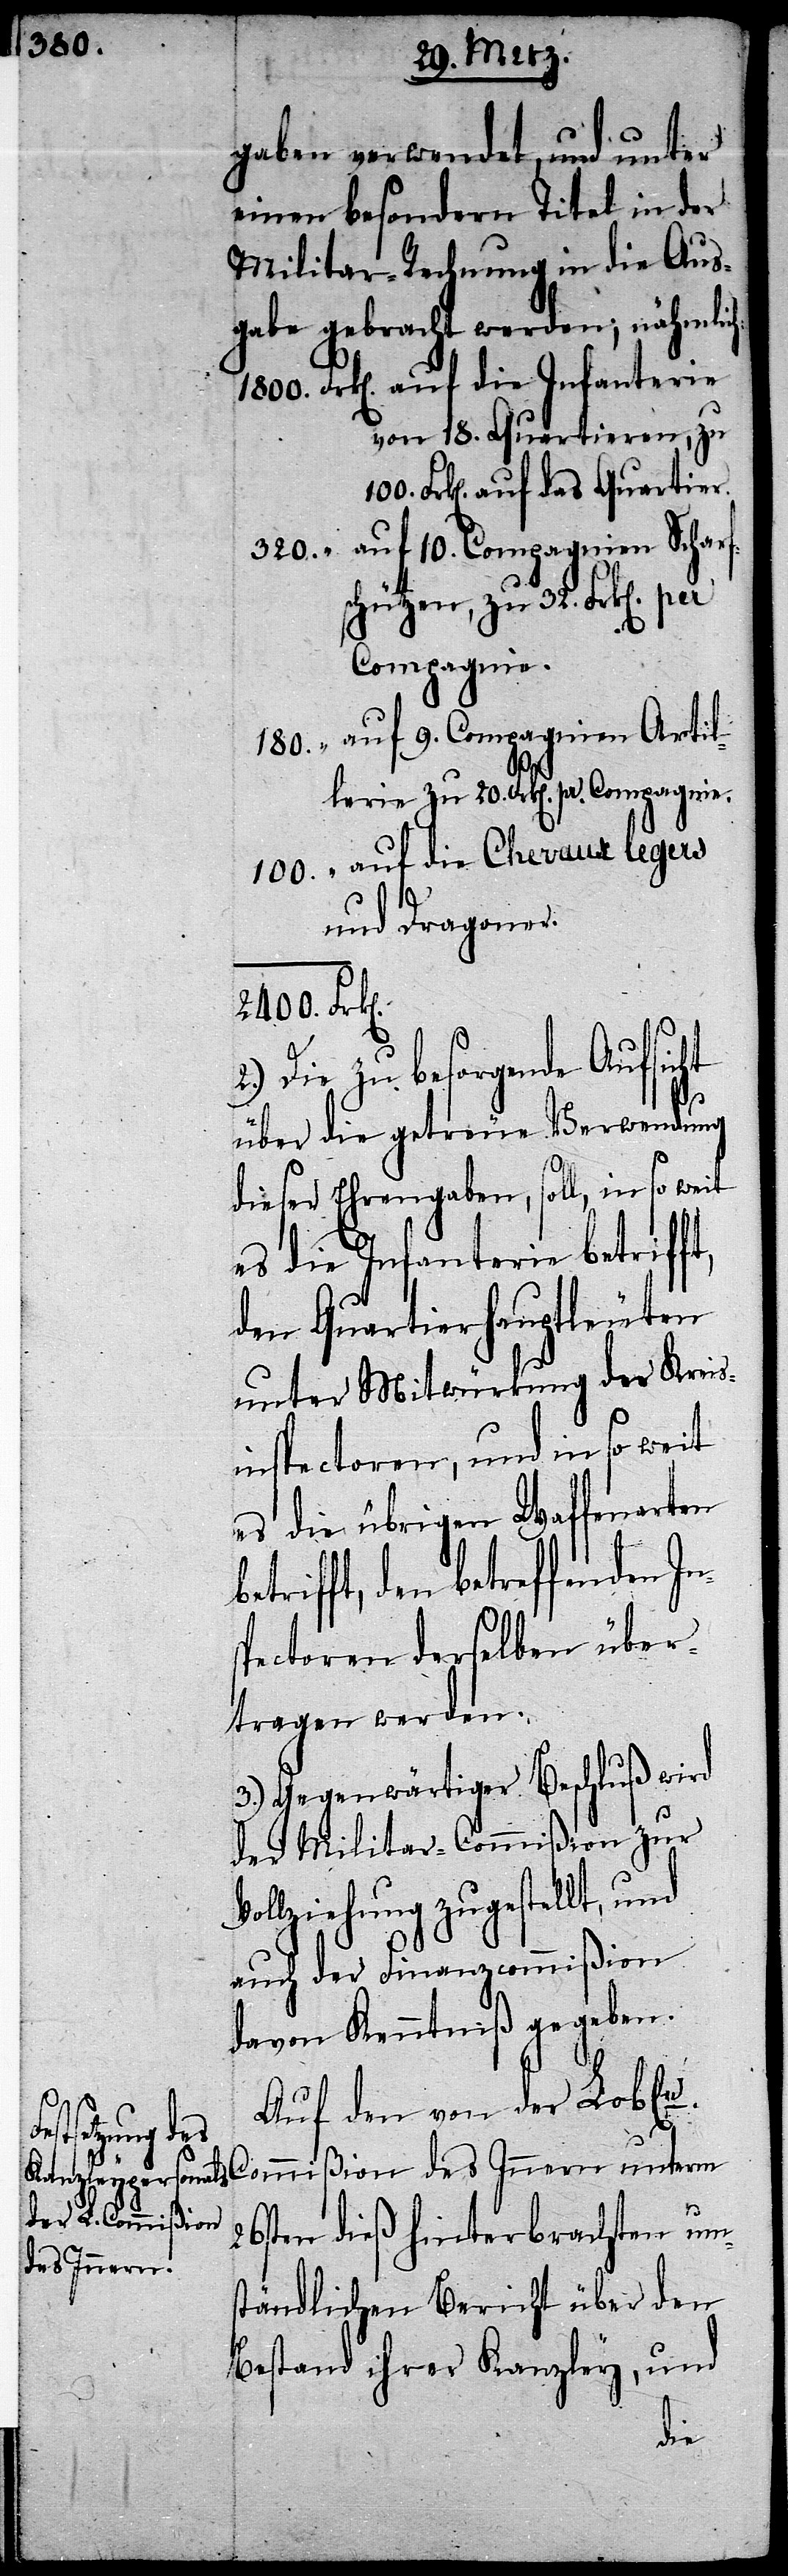
2400.

gaben verwendet, und unter
einen besondern Titel in der
Militar-Rechnung in die Aus¬
gabe gebracht werden; nähmlich:
von 18. Quartieren, zu
Frk[en]. auf das Quartier.
auf 10. Compagnien Scharf¬
schützen, zu 32. Frk[en].
Compagnie.
auf 9. Compagnien Artil¬
lerie zu 20. Frk[en]. pr.
und Dragoner.
Die zu besorgende Aufsicht
über die getreue Verwendung
dieser Ehrengabe, soll, in so weit
es die Infanterie betrifft,
den Quartierhauptleuten
unter Mitwürkung der Kreis¬
inspectoren, und in so weit
es die übrigen Waffenarten
trifft, den betreffenden In¬
spectoren derselben über¬
tragen werden.
3.) Gegenwärtiger Beschluß wird
der Militar-Commißion zur
Vollziehung zugestellt, und
auch der Finanzcommißion
davon Kenntniß gegeben.
Auf den von der Lobl[i¬
chen] Commißion des Innern unterm
26sten dieß hinterbrachten um¬
ständlichen Bericht über den
Bestand ihrer Kanzley, und
be¬